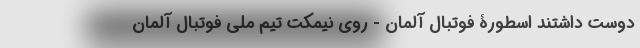
دوست داشتند اسطورۀ فوتبال آلمان - روی نیمکت تیم ملی فوتبال آلمان